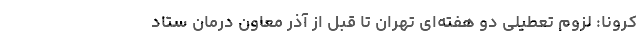
کرونا: لزوم تعطیلی دو هفته‌ای تهران تا قبل از آذر معاون درمان ستاد